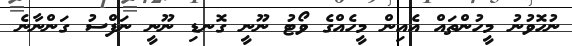
ނުހޮވުނު މީހުންތައް އެއިން މީހެއްގެ ވޯޓު ނޫނީ ގޮނޑި ނޫނީ ނަފްސު ގަންނާނެ